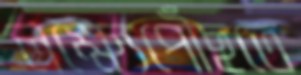
লক্ষ্যেপৌঁছতে